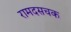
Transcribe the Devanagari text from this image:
रामदसचक